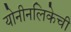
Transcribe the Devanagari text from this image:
योनीनलिकेची